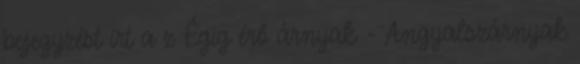
bejegyzést írt a z Égig érő árnyak - Angyalszárnyak